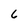
Character: 6